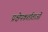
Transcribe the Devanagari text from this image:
प्रक्षेपकर्ताताओं